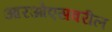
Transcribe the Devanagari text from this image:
आरओएसवरील